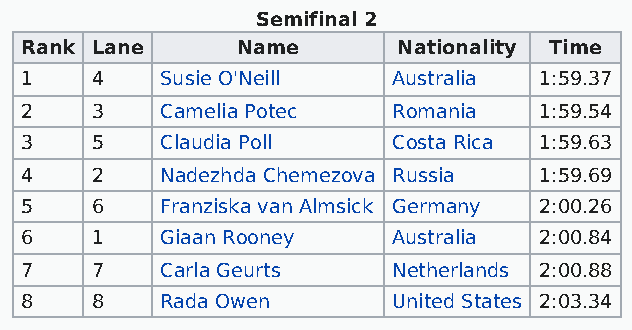
Semifinal 2
 Rank Lane      Name      Nationality Time
 1    4    Susie O'Neill  Australia 1:59.37
 2    3    Camelia Potec  Romania   1:59.54
 3    5    Claudia Poll   Costa Rica 1:59.63
 4    2    Nadezhda Chemezova Russia 1:59.69
 5    6    Franziska van Almsick Germany 2:00.26
 6    1    Giaan Rooney   Australia 2:00.84
 7    7    Carla Geurts   Netherlands 2:00.88
 8    8    Rada Owen      United States 2:03.34